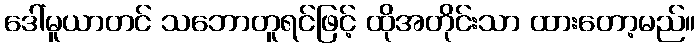
ဒေါ်မူယာတင် သဘောတူရင်ဖြင့် ထိုအတိုင်းသာ ထားတော့မည်။